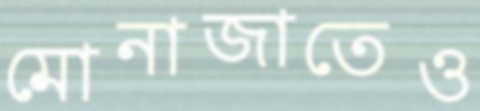
মোনাজাতেও